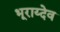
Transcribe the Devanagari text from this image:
भूराय्देव